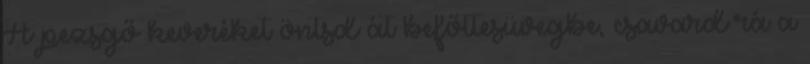
A pezsgő keveréket öntsd át befőttesüvegbe, csavard rá a